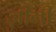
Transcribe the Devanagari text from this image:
ज़ीनी